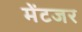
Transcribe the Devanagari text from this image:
मेंटजर